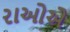
રાઓએ